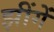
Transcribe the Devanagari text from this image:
झींगें